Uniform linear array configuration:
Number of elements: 16
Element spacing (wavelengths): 0.5
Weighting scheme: blackman
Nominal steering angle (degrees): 15
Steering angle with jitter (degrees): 16.331
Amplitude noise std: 0.05
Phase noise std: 0.05

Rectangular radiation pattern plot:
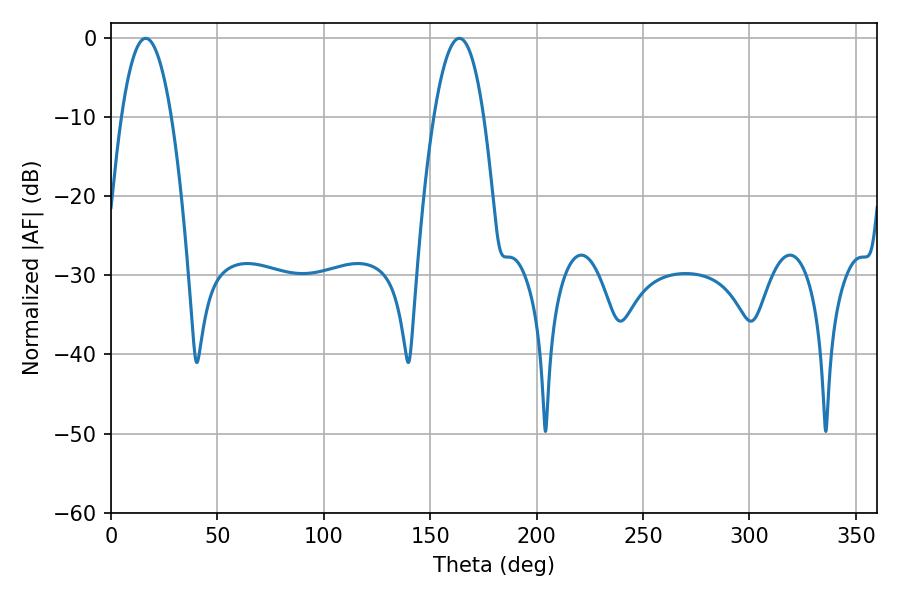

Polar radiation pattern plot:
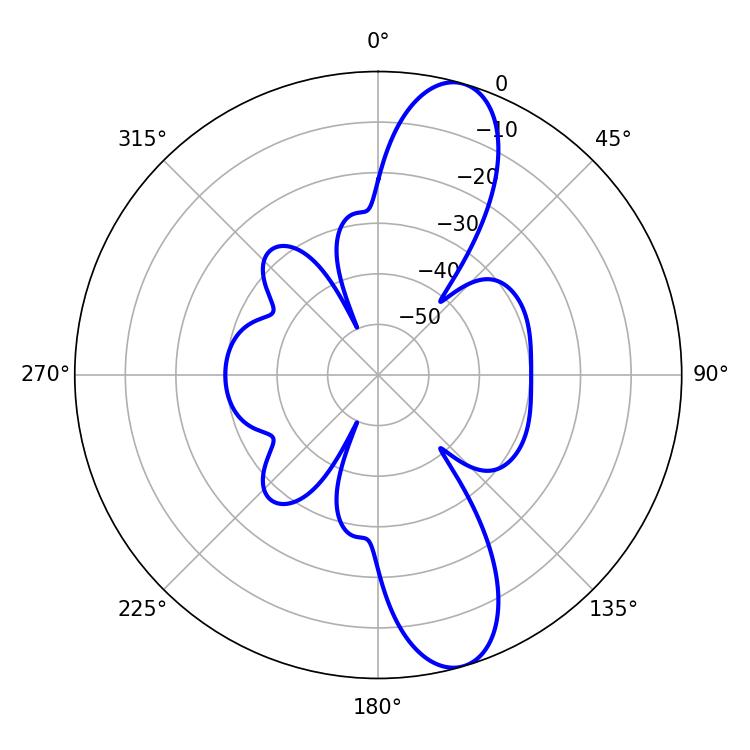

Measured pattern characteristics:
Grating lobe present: FALSE
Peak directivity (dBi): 11.654
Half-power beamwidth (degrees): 12.96
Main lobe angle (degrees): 16.38